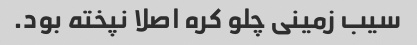
سیب زمینی چلو کره اصلا نپخته بود.